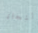
النجاة